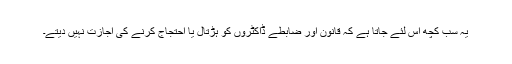
یہ سب کچھ اس لئے جاتا ہے کہ قانون اور ضابطے ڈاکٹروں کو ہڑتال یا احتجاج کرنے کی اجازت نہیں دیتے۔